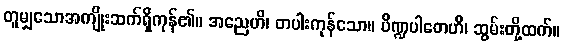
တူမျှသောအကျိုးဆက်ရှိကုန်၏။ အညေဟိ၊ တပါးကုန်သော။ ပိဏ္ဍပါတေဟိ၊ ဆွမ်းတို့ထက်။